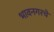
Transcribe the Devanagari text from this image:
भावनगरचे